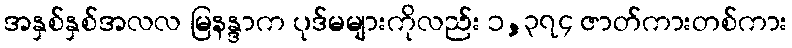
အနှစ်နှစ်အလလ မြနန္ဒာက ပုဒ်မများကိုလည်း ၁,၃၇၄ ဇာတ်ကားတစ်ကား